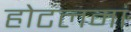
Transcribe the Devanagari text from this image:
होटलमां